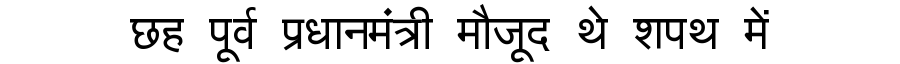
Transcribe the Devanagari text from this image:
छह पूर्व प्रधानमंत्री मौजूद थे शपथ में